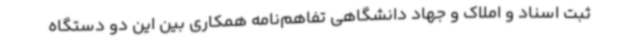
ثبت اسناد و املاک و جهاد دانشگاهی تفاهم‌نامه همکاری بین این دو دستگاه